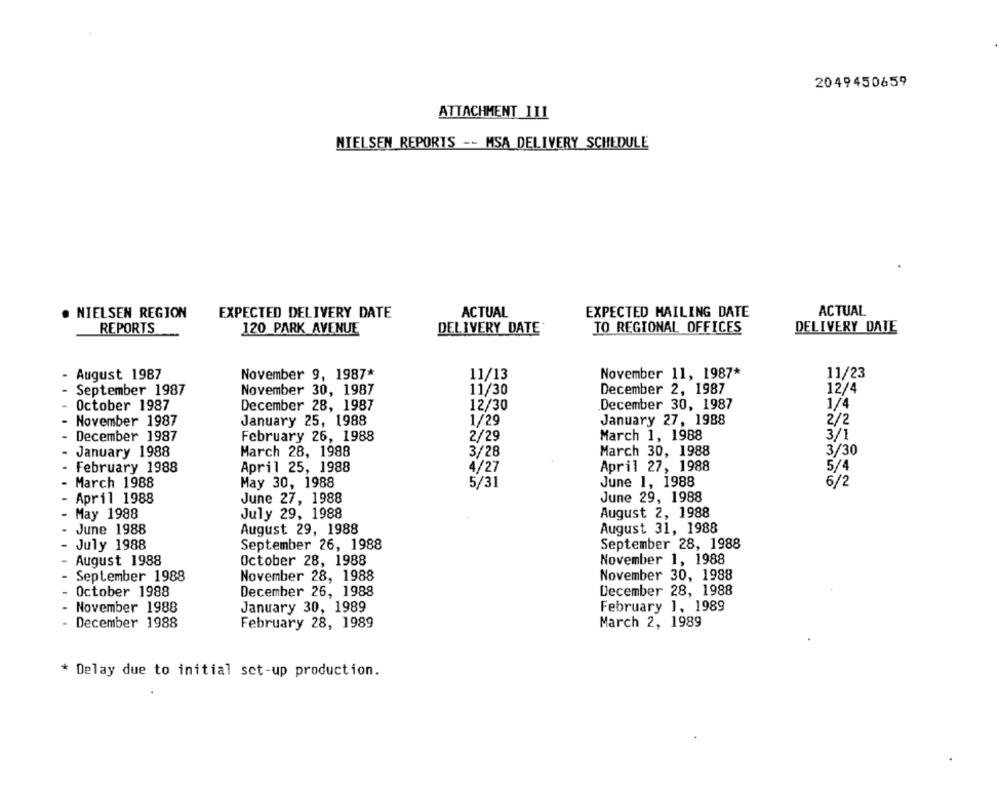
2049450659
ATTACHMENT III
NIELSEN REPORTS -- MSA DELIVERY SCHEDULE
. NIELSEN REGION
EXPECTED DELIVERY DATE
ACTUAL
EXPECTED MAILING DATE
ACTUAL
REPORTS
120 PARK AVENUE
DELIVERY DATE
TO REGIONAL OFFICES
DELIVERY DATE
August 1987
November 9, 1987*
11/13
November 11, 1987*
11/23
12/4
September 1987
November 30, 1987
11/30
December 2, 1987
1/4
October 1987
December 28, 1987
12/30
December 30, 1987
2/2
November 1987
January 25, 1988
1/29
January 27, 1988
3/1
December 1987
February 26, 1988
2/29
March 1, 1988
March 28, 1988
March 30, 1988
3/30
January 1988
3/28
April 25, 1988
4/27
April 27, 1988
5/4
- February 1988
May 30, 1988
June 1, 1988
6/2
March 1988
5/31
June 29, 1988
April 1988
June 27, 1988
May 1988
July 29, 1988
August 2, 1988
June 1988
August 29, 1988
August 31, 1988
July 1988
September 26, 1988
September 28, 1988
August 1988
October 28, 1988
November 1, 1988
September 1988
November 28, 1988
November 30, 1988
- October 1988
December 26, 1988
December 28, 1988
November 1988
January 30, 1989
February 1, 1989
December 1988
February 28, 1989
March 2, 1989
* Delay due to initial set-up production.